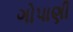
ગોપાણી